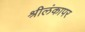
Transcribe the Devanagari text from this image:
श्रीलंकापर